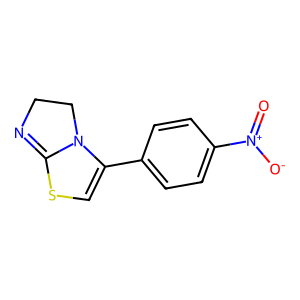
SMILES: O=[N+]([O-])c1ccc(C2=CSC3=NCCN23)cc1
Inhibits HIV replication: No